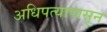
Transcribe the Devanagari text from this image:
अधिपत्यापासून